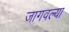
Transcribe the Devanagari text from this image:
जागवल्या